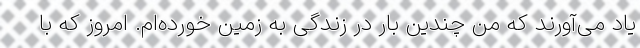
یاد می‌آورند که من چندین بار در زندگی به زمین خورده‌ام. امروز که با